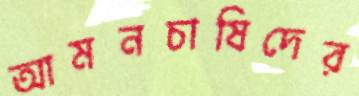
আমনচাষিদের